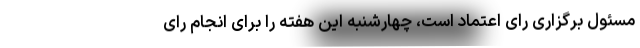
مسئول برگزاری رای اعتماد است، چهارشنبه این هفته را برای انجام رای